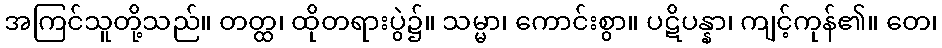
အကြင်သူတို့သည်။ တတ္ထ၊ ထိုတရားပွဲ၌။ သမ္မာ၊ ကောင်းစွာ။ ပဋိပန္နာ၊ ကျင့်ကုန်၏။ တေ၊